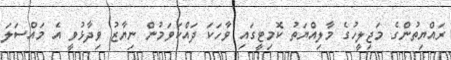
ރައްޔިތުންގެ މަޖިލީހުގެ މާލިއްޔަތު ކޮމިޓީގައި ވާހަކަ ދައްކަވަމުން ނިޔާޒު ވިދާޅުވީ އެ މައްސަލަ